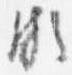
頗